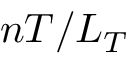
n T / L _ { T }